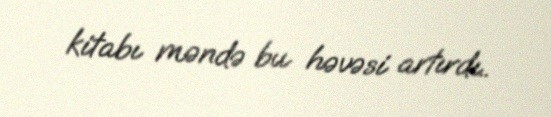
kitabı məndə bu həvəsi artırdı..